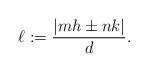
LaTeX: \begin{align*}\ell := \frac{|mh\pm nk|}{d}.\end{align*}